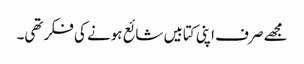
مجھے صرف اپنی کتابیں شائع ہونے کی فکر تھی۔